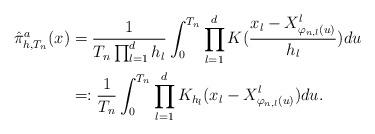
LaTeX: \begin{align*}{} \hat{\pi}_{h,{T_n}}^a(x) & = \frac{1}{T_n \prod_{l = 1}^d h_l} \int_0^{T_n} \prod_{l = 1}^d K(\frac{x_l - X_{\varphi_{n, l}(u)}^l}{h_l}) du \\ & = : \frac{1}{T_n} \int_0^{T_n} \prod_{l = 1}^d K_{h_l}(x_l - X_{\varphi_{n, l}(u)}^l) du. \end{align*}